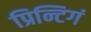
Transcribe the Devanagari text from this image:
प्रिन्टिगं